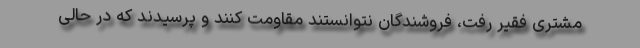
مشتری فقیر رفت، فروشندگان نتوانستند مقاومت کنند و پرسیدند که در حالی